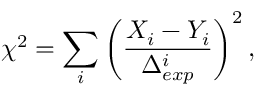
\chi ^ { 2 } = \sum _ { i } \left( \frac { X _ { i } - Y _ { i } } { \Delta _ { e x p } ^ { i } } \right) ^ { 2 } ,